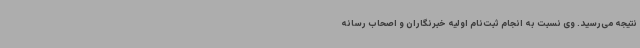
نتیجه می‌رسید. وی نسبت به انجام ثبت‌نام اولیه خبرنگاران و اصحاب رسانه